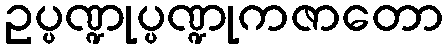
ဥပ္ပဏ္ဍုပ္ပဏ္ဍုကဇာတော